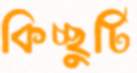
কিচ্ছুটি